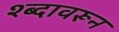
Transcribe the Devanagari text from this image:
श्ब्दावरून